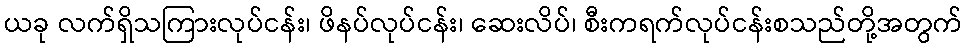
ယခု လက်ရှိသကြားလုပ်ငန်း၊ ဖိနပ်လုပ်ငန်း၊ ဆေးလိပ်၊ စီးကရက်လုပ်ငန်းစသည်တို့အတွက်